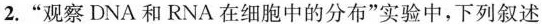
2.”观察DNA和RNA在细胞中的分布”实验中，下列叙述